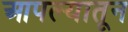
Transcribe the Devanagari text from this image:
आपल्यातून